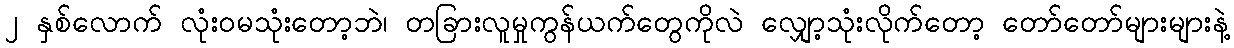
၂ နှစ်လောက် လုံးဝမသုံးတော့ဘဲ၊ တခြားလူမှုကွန်ယက်တွေကိုလဲ လျှော့သုံးလိုက်တော့ တော်တော်များများနဲ့